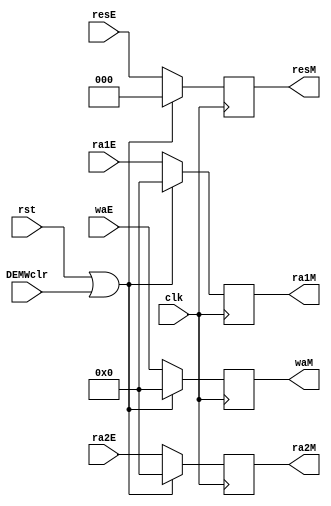
`timescale 1ns / 1ps
//////////////////////////////////////////////////////////////////////////////////
// Company: 
// Engineer: 
// 
// Design Name: 
// Module Name:    atcM 
// Project Name: 
// Target Devices: 
// Tool versions: 
// Description: 
//
// Dependencies: 
//
// Revision: 
// Revision 0.01 - File Created
// Additional Comments: 
//
//////////////////////////////////////////////////////////////////////////////////
module atcM(
    input [4:0] ra1E,
    input [4:0] ra2E,
    input [4:0] waE,
    input [2:0] resE,
    input clk,
	 input rst,
	 input DEMWclr,
    output [4:0] ra1M,
    output [4:0] ra2M,
    output [4:0] waM,
    output [2:0] resM
    );
	 
	 reg[4:0] ra1 = 0,ra2 = 0,wa = 0;
	 reg[2:0] res = 0;
	 
	 assign ra1M = ra1;
	 assign ra2M = ra2;
	 assign waM = wa;
	 assign resM = res;
	 
	 always @(posedge clk)begin
		if(rst||DEMWclr)begin
	 		ra1<= 0;
			ra2 <= 0;
			wa<= 0;
			res<= 0;

		end
		else begin
			ra1<= ra1E;
			ra2 <= ra2E;
			wa<= waE;
			res<= resE;
		end
	 
	 end

endmodule